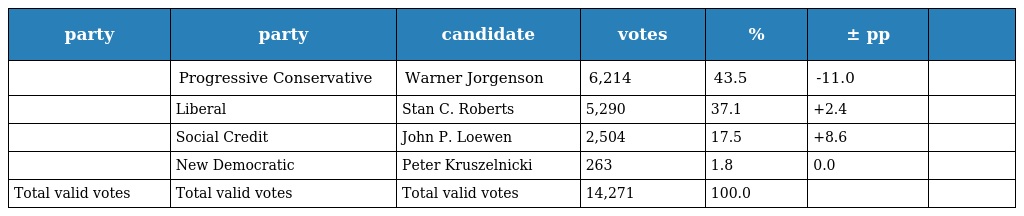
| party | party | candidate | votes | % | ± pp |  |
 | --- | --- | --- | --- | --- | --- | --- |
 |  | Progressive Conservative | Warner Jorgenson | 6,214 | 43.5 | -11.0 |  |
 |  | Liberal | Stan C. Roberts | 5,290 | 37.1 | +2.4 |  |
 |  | Social Credit | John P. Loewen | 2,504 | 17.5 | +8.6 |  |
 |  | New Democratic | Peter Kruszelnicki | 263 | 1.8 | 0.0 |  |
 | Total valid votes | Total valid votes | Total valid votes | 14,271 | 100.0 |  |  |